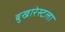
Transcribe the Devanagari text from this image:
बुखारेस्टला